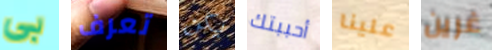
بي تعرف يكن أحببتك علينا غرين